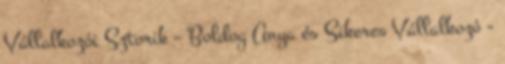
Vállalkozói Sztorik – Boldog Anya és Sikeres Vállalkozó -